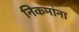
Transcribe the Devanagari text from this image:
निकमांना